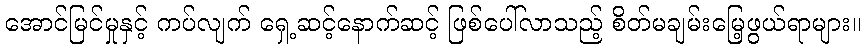
အောင်မြင်မှုနှင့် ကပ်လျက် ရှေ့ဆင့်နောက်ဆင့် ဖြစ်ပေါ်လာသည့် စိတ်မချမ်းမြေ့ဖွယ်ရာများ။